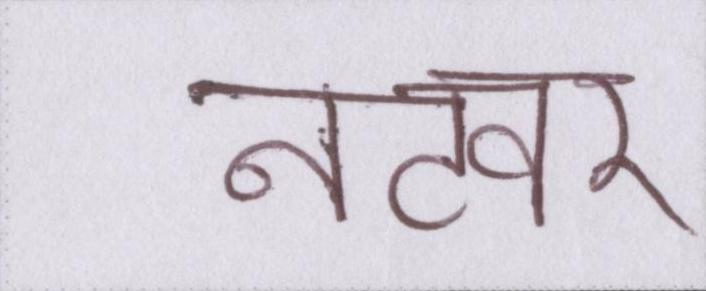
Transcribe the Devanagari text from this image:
नटवर